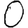
Digit: 0